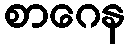
စာဂေန